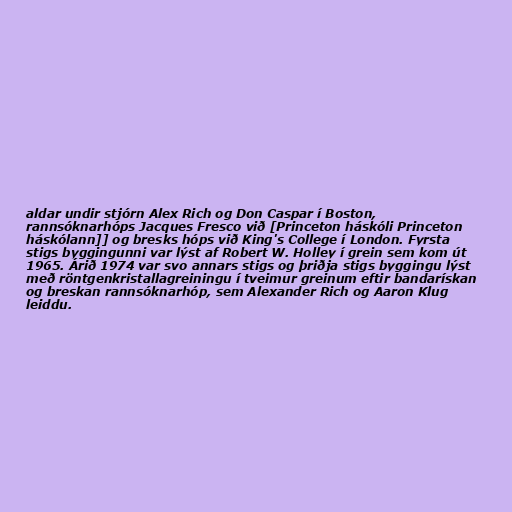
aldar undir stjórn Alex Rich og Don Caspar í Boston,
rannsóknarhóps Jacques Fresco við [Princeton háskóli Princeton
háskólann]] og bresks hóps við King's College í London. Fyrsta
stigs byggingunni var lýst af Robert W. Holley í grein sem kom út
1965. Árið 1974 var svo annars stigs og þriðja stigs byggingu lýst
með röntgenkristallagreiningu í tveimur greinum eftir bandarískan
og breskan rannsóknarhóp, sem Alexander Rich og Aaron Klug
leiddu.